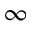
\infty